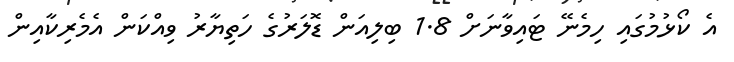
އެ ކޯޅުމުގައި ހިމެނޭ ޓައިވާނަށް 1.8 ބިލިއަން ޑޮލަރުގެ ހަތިޔާރު ވިއްކަން އެމެރިކާއިން